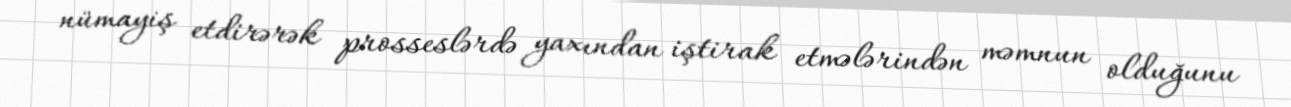
nümayiş etdirərək prosseslərdə yaxından iştirak etmələrindən məmnun olduğunu